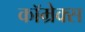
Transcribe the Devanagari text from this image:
कॉम्रेक्स